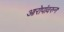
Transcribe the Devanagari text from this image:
आरोपांवरुन